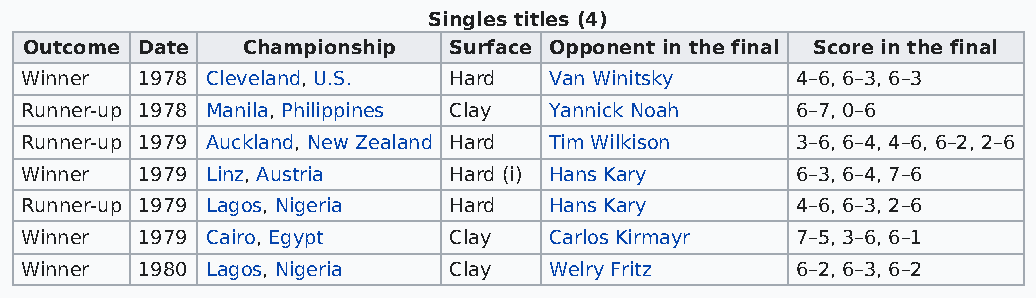
Singles titles (4)
 Outcome Date  Championship  Surface Opponent in the final Score in the final
 Winner  1978 Cleveland, U.S. Hard  Van Winitsky     4–6, 6–3, 6–3
 Runner-up 1978 Manila, Philippines Clay Yannick Noah 6–7, 0–6
 Runner-up 1979 Auckland, New Zealand Hard Tim Wilkison 3–6, 6–4, 4–6, 6–2, 2–6
 Winner  1979 Linz, Austria   Hard (i) Hans Kary     6–3, 6–4, 7–6
 Runner-up 1979 Lagos, Nigeria Hard Hans Kary        4–6, 6–3, 2–6
 Winner  1979 Cairo, Egypt    Clay  Carlos Kirmayr   7–5, 3–6, 6–1
 Winner  1980 Lagos, Nigeria  Clay  Welry Fritz      6–2, 6–3, 6–2